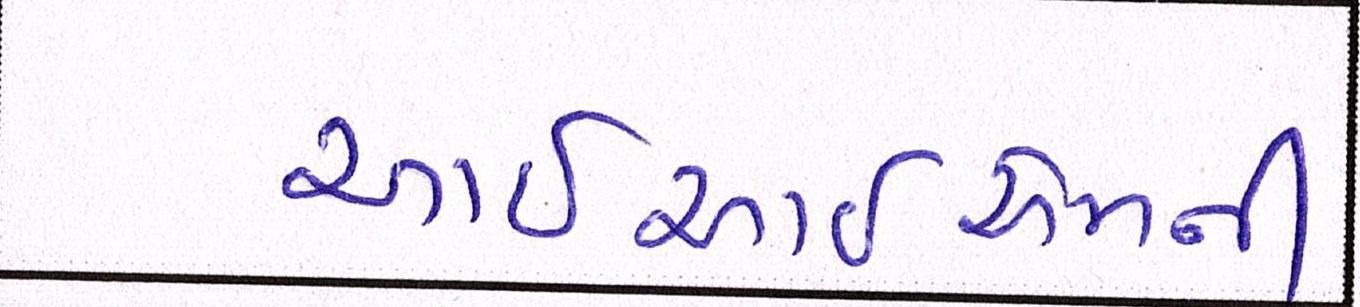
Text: આઇઆઇએમની